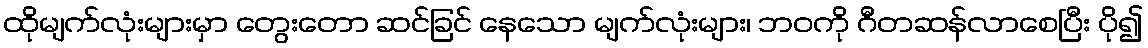
ထိုမျက်လုံးများမှာ တွေးတော ဆင်ခြင် နေသော မျက်လုံးများ၊ ဘဝကို ဂီတဆန်လာစေပြီး ပို၍